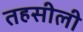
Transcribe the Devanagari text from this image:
तहसीली